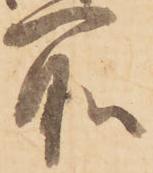
所